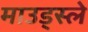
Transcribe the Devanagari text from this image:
माउड्स्ले